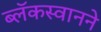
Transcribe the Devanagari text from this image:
ब्लॅकस्वानने